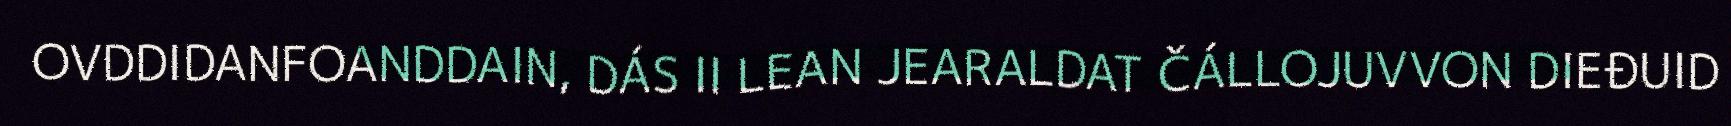
OVDDIDANFOANDDAIN, DÁS II LEAN JEARALDAT ČÁLLOJUVVON DIEĐUID